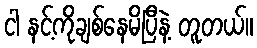
ငါ နင့်ကိုချစ်နေမိပြီနဲ့ တူတယ်။